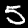
Label: 5